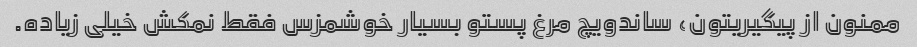
ممنون از پیگیریتون، ساندویچ مرغ پستو بسیار خوشمزس فقط نمکش خیلی زیاده.